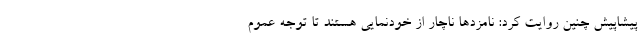
پیشاپیش چنین روایت کرد: نامزدها ناچار از خودنمایی هستند تا توجه عموم